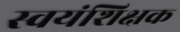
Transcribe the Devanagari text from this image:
स्वयंशिक्षक